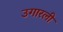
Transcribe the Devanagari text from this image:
उगारली